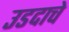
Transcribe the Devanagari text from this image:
उडदाचे